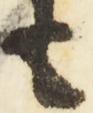
も